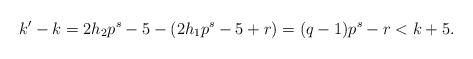
LaTeX: \begin{align*} k'-k=2h_2p^s-5-(2h_1p^s-5+r)=(q-1)p^s-r<k+5. \end{align*}